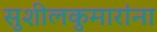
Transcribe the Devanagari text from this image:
सुशीलकुमारांना